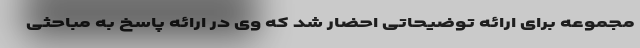
مجموعه برای ارائه توضیحاتی احضار شد که وی در ارائه پاسخ به مباحثی